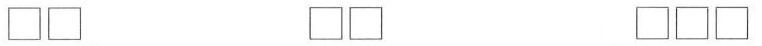
\Box \Box \Box \Box \Box \Box \Box